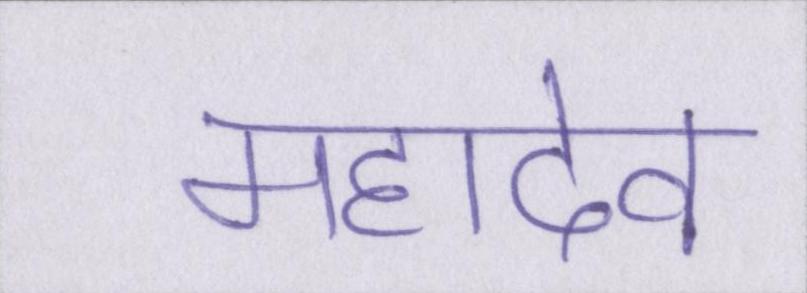
महादेव